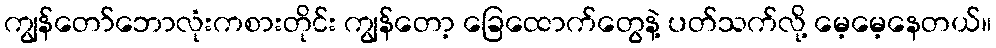
ကျွန်တော်ဘောလုံးကစားတိုင်း ကျွန်တော့ ခြေထောက်တွေနဲ့ ပတ်သက်လို့ မေ့မေ့နေတယ်။